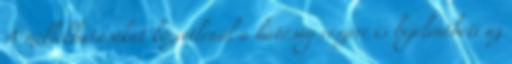
A mellékhatásokat közvetlenül a hatóság részére is bejelentheti az